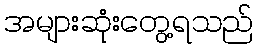
အများဆုံးတွေ့ရသည်